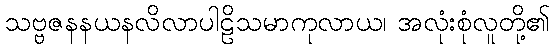
သဗ္ဗဇနနယနလိလာပါဠိသမာကုလာယ၊ အလုံးစုံလူတို့၏